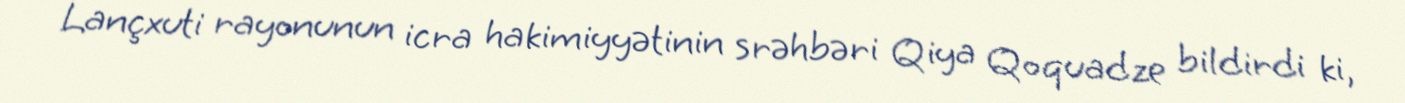
Lançxuti rayonunun icra hakimiyyətinin srəhbəri Qiya Qoquadze bildirdi ki,